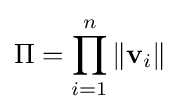
\Pi =\prod _{i=1}^{n}\|\mathbf {v} _{i}\|